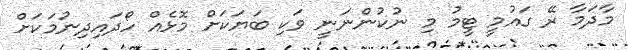
މާދަމާ ރޭ ގައުމީ ޓީމު މި ނުކުންނަނީ ވަކި ބަޔަކަށް މޮޅެއް ހޯދައިދިނުމަކަށް